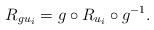
LaTeX: \begin{align*}R_{g u_i}=g \circ R_{u_i} \circ g^{-1}.\end{align*}